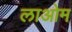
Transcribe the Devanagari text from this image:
लाओम